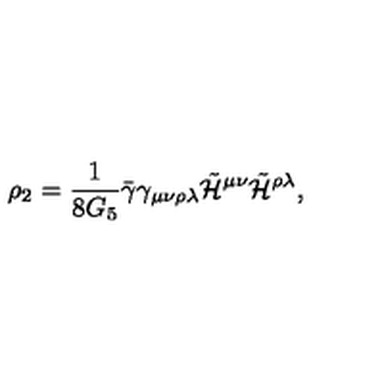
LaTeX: \rho _ { 2 } = \frac { 1 } { 8 G _ { 5 } } \bar { \gamma } \gamma _ { \mu \nu \rho \lambda } \tilde { \cal H } ^ { \mu \nu } \tilde { \cal H } ^ { \rho \lambda } ,